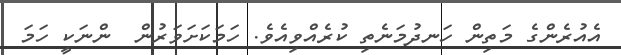
އެއުރެންގެ މަތިން ހަނދުމަނެތި ކުރެއްވިއެވެ. ހަމަކަށަވަރުން  ންނަކީ ހަމަ